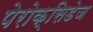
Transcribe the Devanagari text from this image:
पेरोक्सिडेज